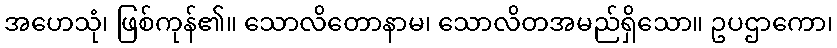
အဟေသုံ၊ ဖြစ်ကုန်၏။ သောလိတောနာမ၊ သောလိတအမည်ရှိသော။ ဥပဌာကော၊